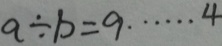
a \div b = 9 \cdots 4